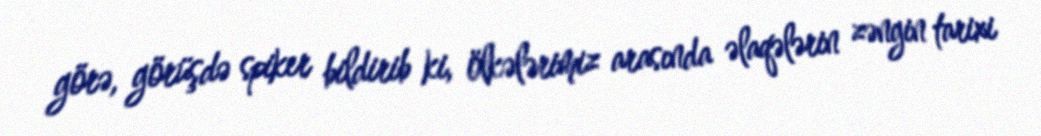
görə, görüşdə spiker bildirib ki, ölkələrimiz arasında əlaqələrin zəngin tarixi